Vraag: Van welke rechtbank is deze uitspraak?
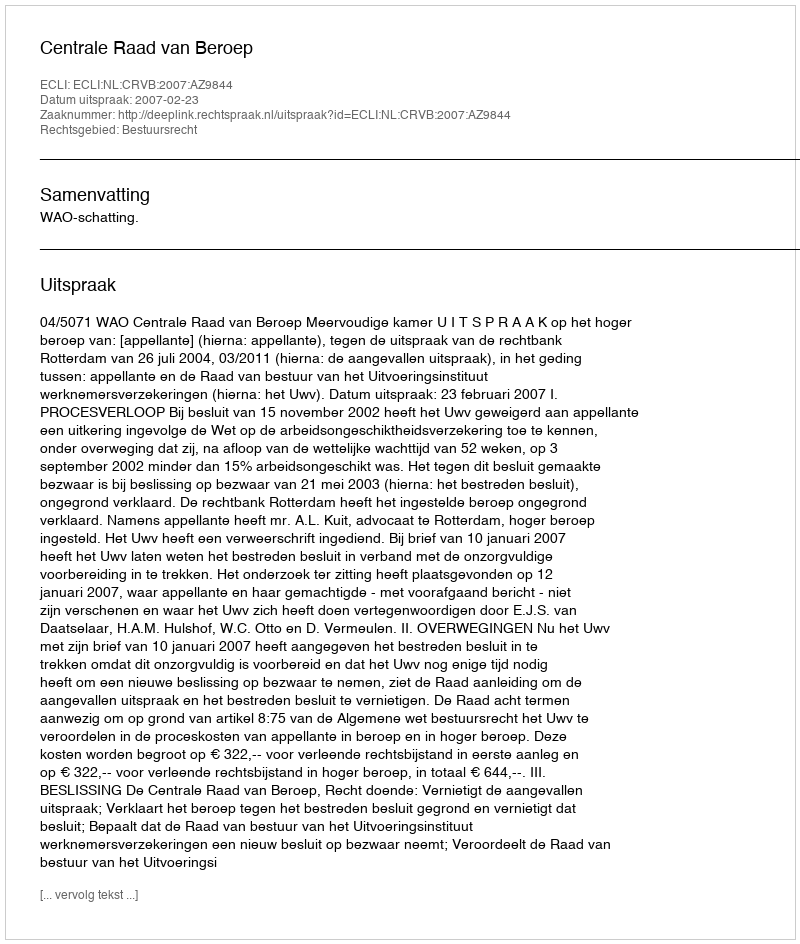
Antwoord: Centrale Raad van Beroep